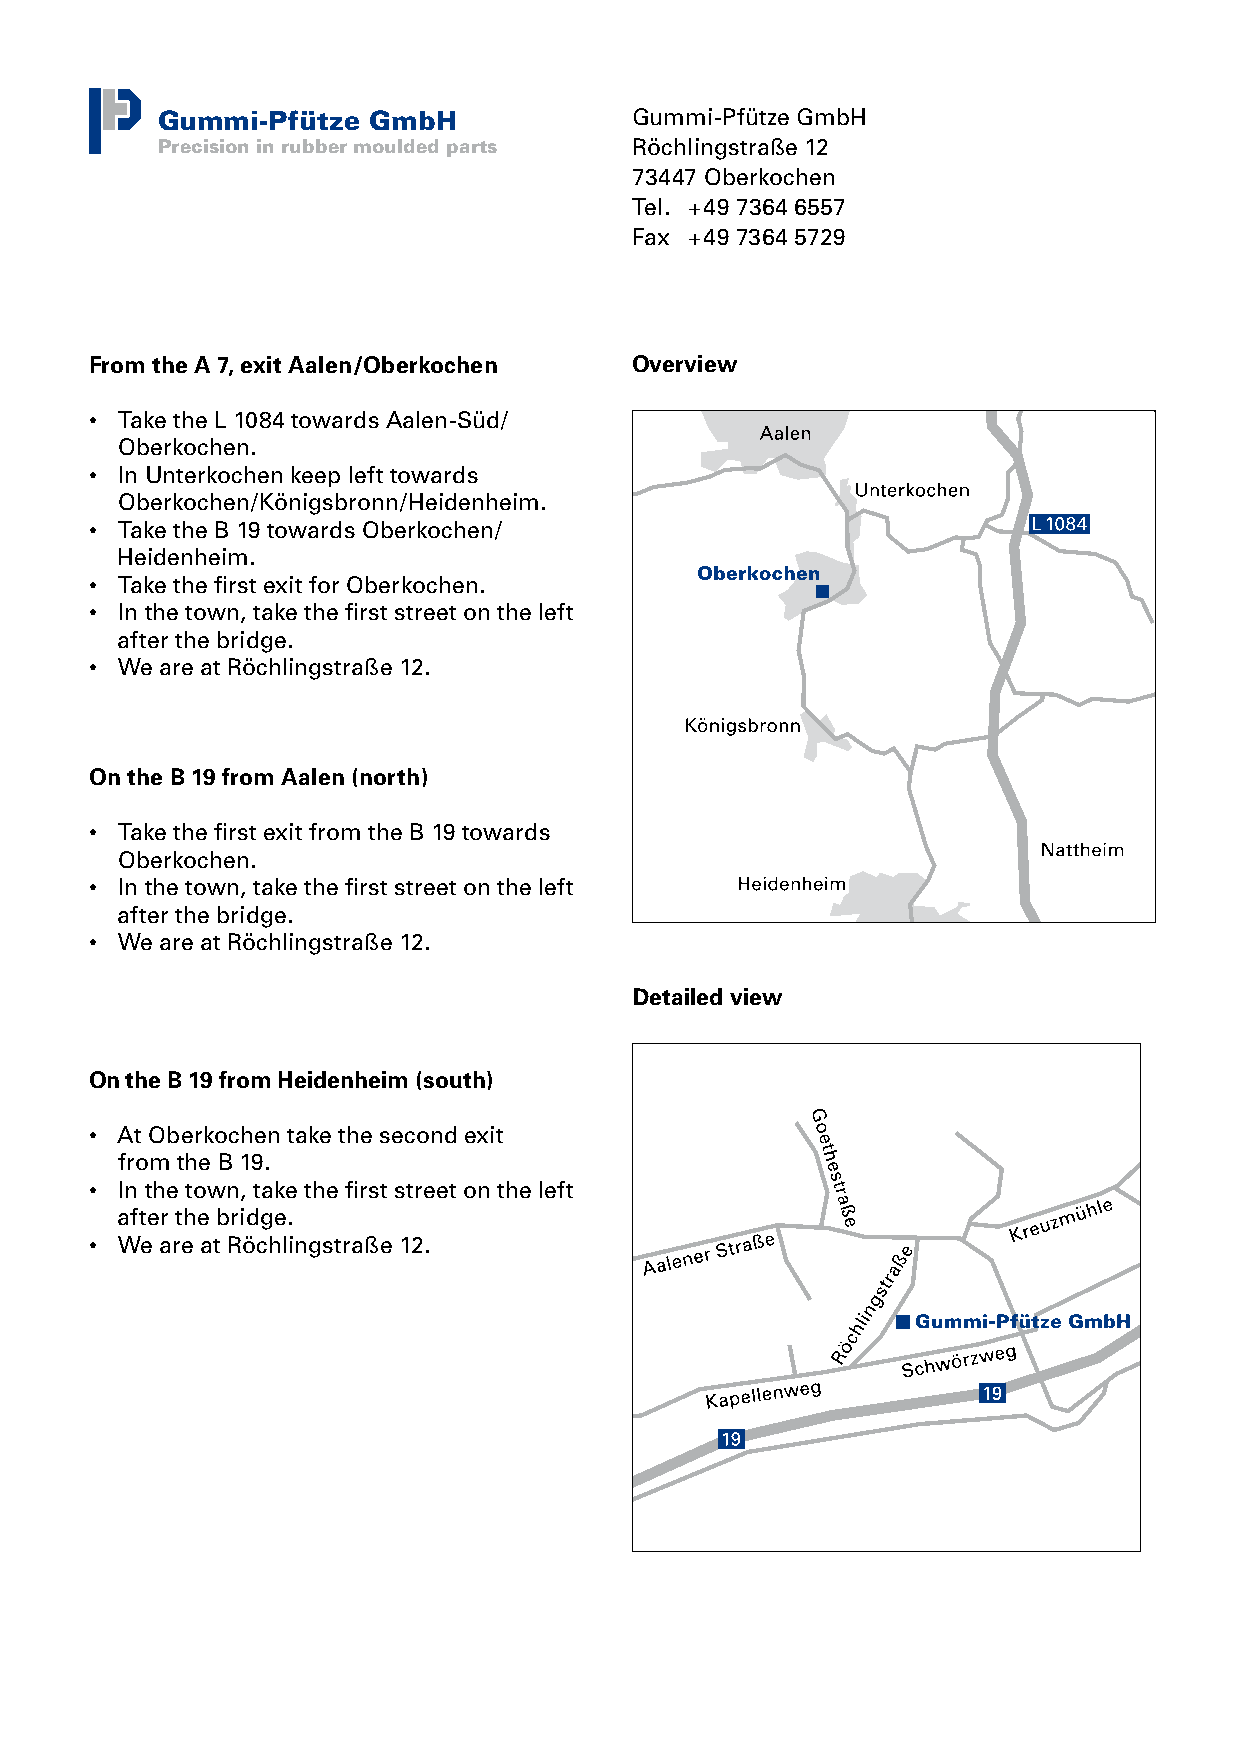
Gummi-Pfütze  GmbH              Gummi-Pfütze GmbH
 Precision in rubber moulded parts Röchlingstraße 12
 73447 Oberkochen
 Tel. +49 7364 6557
 Fax +49 7364 5729
 From the A 7, exit Aalen/Oberkochen Overview
 • Take the L 1084 towards Aalen-Süd/
 Oberkochen.
 • In Unterkochen keep left towards
 Oberkochen/Königsbronn/Heidenheim.
 • Take the B 19 towards Oberkochen/
 Heidenheim.
 • Take the first exit for Oberkochen.
 • In the town, take the first street on the left
 after the bridge.
 • We are at Röchlingstraße 12.
 On the B 19 from Aalen (north)
 • Take the first exit from the B 19 towards
 Oberkochen.
 • In the town, take the first street on the left
 after the bridge.
 • We are at Röchlingstraße 12.
 Detailed view
 On the B 19 from Heidenheim (south)
 • At Oberkochen take the second exit
 from the B 19.
 • In the town, take the first street on the left
 after the bridge.
 • We are at Röchlingstraße 12.